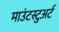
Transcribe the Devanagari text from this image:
माउंटस्टुअर्ट